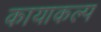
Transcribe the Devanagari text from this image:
कायाकल्‍प